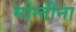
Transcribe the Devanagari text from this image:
मोन्तींना